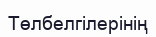
Төлбелгілерінің